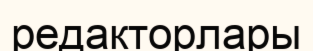
редакторлары